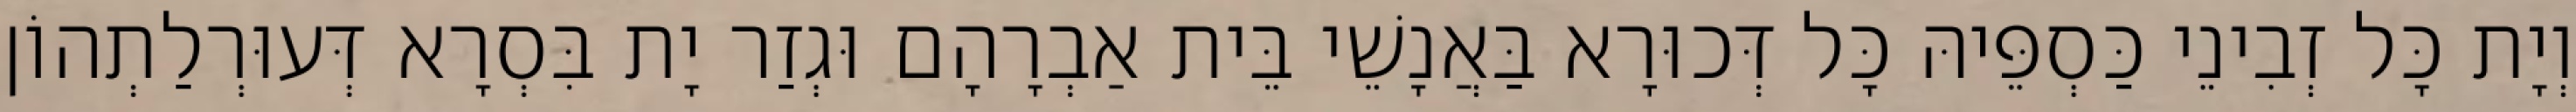
וְיָת כָּל זְבִינֵי כַּסְפֵּיהּ כָּל דְּכוּרָא בַּאֲנָשֵׁי בֵּית אַבְרָהָם וּגְזַר יָת בִּסְרָא דְּעוּרְלַתְהוֹן